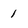
Character: 1